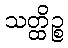
သတ္ထိဉ္စ